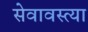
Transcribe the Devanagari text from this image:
सेवावस्त्या